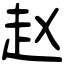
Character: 赵